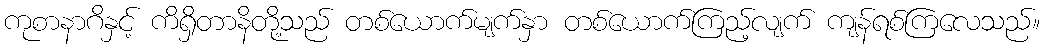
ကုစာနာဂိနှင့် ကိရှိတာနိတို့သည် တစ်ယောက်မျက်နှာ တစ်ယောက်ကြည့်လျက် ကျန်ရစ်ကြလေသည်။